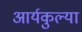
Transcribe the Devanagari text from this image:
आर्यकुल्या